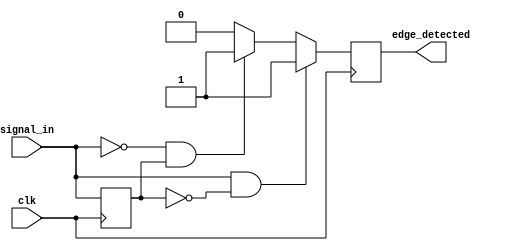
module edge_detector (
    input wire clk,          // Clock signal
    input wire signal_in,    // Input signal
    output reg edge_detected  // Output signal indicating an edge
);

// Register to hold the previous state of the input signal
reg signal_in_prev;

// Always block to detect edges on the rising edge of the clock
always @(posedge clk) begin
    // Edge detection logic
    if (signal_in && !signal_in_prev) begin
        // Rising edge detected
        edge_detected <= 1'b1; // Assert edge_detected for one clock cycle
    end else if (!signal_in && signal_in_prev) begin
        // Falling edge detected
        edge_detected <= 1'b1; // Assert edge_detected for one clock cycle
    end else begin
        edge_detected <= 1'b0; // No edge detected
    end
    
    // Update the previous state
    signal_in_prev <= signal_in;
end

endmodule